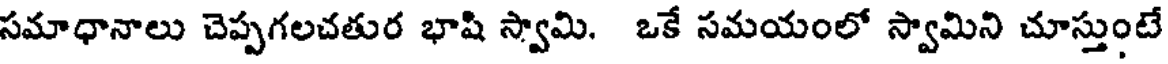
సమాధానాలు చెప్పగలచతుర భాషి స్వామి. ఒకే సమయంలో స్వామిని చూస్తుంటే